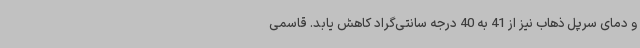
و دمای سرپل ذهاب نیز از 41 به 40 درجه سانتی‌گراد کاهش یابد. قاسمی